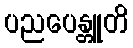
ပညပေန္တူတိ